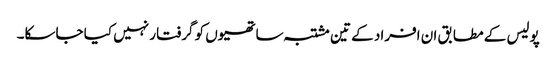
پولیس کے مطابق ان افراد کے تین مشتبہ ساتھیوں کو گرفتار نہیں کیا جاسکا۔